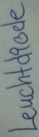
Text: Leuchtdiode